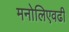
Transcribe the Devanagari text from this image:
मनोलिएवढी